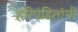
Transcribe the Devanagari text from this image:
हरिपंडितांनी